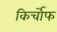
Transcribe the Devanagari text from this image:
किर्चोफ